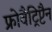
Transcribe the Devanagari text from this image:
फ्रोवैट्रिप्टैन